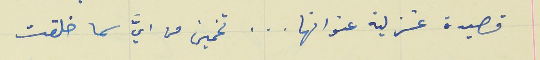
قصيدة غزلية عنوانها   .   .   .   تخمين من ايََّ سما خلقت